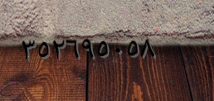
٣٥٢٦٩٥٠٥٨